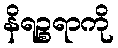
နိရဉ္စရာကို